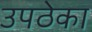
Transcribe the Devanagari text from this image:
उपठेका